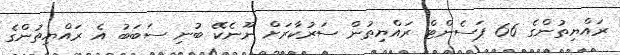
ރައްޔިތުންގެ 66 ޕަސެންޓް ރައްޔިތުން ސަރުކާރަށް ނޫނެކޭ ބުނި ސަބަބު އެ ރައްޔިތުންގެ